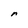
Character: r